Indian journal of veterinary science and animal husbandry - Volume 1,
Year: 1931
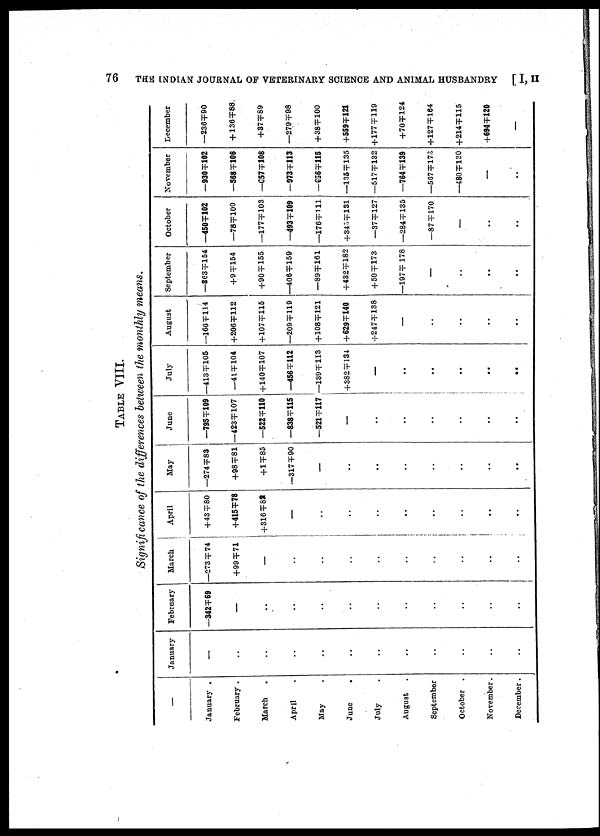
76
THE INDIAN JOURNAL OF VETERINARY SCIENCE AND ANIMAL HUSBANDRY [ I, II
TABLE VIII.
Significance of the differences between the monthly means.
—
January .
February .
March
April
May
June
July
August .
September
October .
November.
December.
January
—
..
..
..
..
..
..
..
..
..
..
..
February
—342 ╤ 69
—
..
..
..
..
..
..
..
..
..
..
March
—273 ╤ 74
+99 ╤ 71
..
..
..
..
..
..
..
..
..
..
April
+43 ╤ 80
+415 ╤ 78
+316 ╤ 82
—
..
..
..
..
..
..
..
..
May
—274 ╤ 83
+98 ╤ 81
+1 ╤ 85
—317 ╤ 90
—
..
..
..
..
..
..
..
June
—795 ╤ 109
—423 ╤ 107
—522 ╤ 110
—838 ╤ 115
—521 ╤ 117
—
..
..
..
..
..
..
July
—413 ╤ 105
—41 ╤ 104
+140 ╤ 107
—456 ╤ 112
—139 ╤ 113
+382 ╤ 134
—
..
..
..
..
..
August
—166 ╤ 114
+206 ╤ 112
+107 ╤ 115
—209 ╤ 119
+108 ╤ 121
+ 629 ╤ 140
+247 ╤ 138
—
..
..
..
..
September
—363 ╤ 154
+9 ╤ 154
+90 ╤ 155
—406 ╤ 159
—89 ╤ 161
+432 ╤ 182
+50 ╤ 173
—197 ╤ 178
—
..
..
..
October
—450 ╤ 102
—78 ╤ 100
—177 ╤ 103
—493 ╤ 109
—176 ╤ 111
+343 ╤ 131
—37 ╤ 127
—284 ╤ 135
—87 ╤ 170
—
..
..
November
—930 ╤ 102
—568 ╤ 106
—657 ╤ 108
—973 ╤ 113
—656 ╤ 115
—135 ╤ 135
—517 ╤ 132
—764 ╤ 139
—567 ╤ 179
—480 ╤ 130
—
..
December
—236 ╤ 90
+ 136 ╤ 88
+37 ╤ 89
—279 ╤ 98
+38 ╤ 100
+559 ╤ 121
+177 ╤ 119
+70 ╤ 124
+127 ╤ 164
+214 ╤ 115
+694 ╤ 120
—